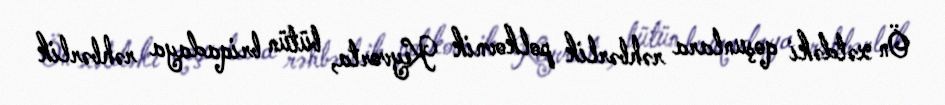
Ön xətdəki qoşunlara rəhbərlik polkovnik Keyvorta, bütün briqadaya rəhbərlik